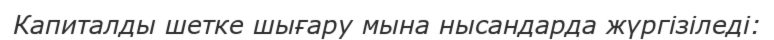
Капиталды шетке шығару мына нысандарда жүргізіледі: